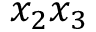
x _ { 2 } x _ { 3 }